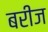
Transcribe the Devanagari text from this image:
बरीज